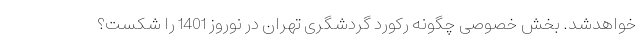
خواهدشد. بخش خصوصی چگونه رکورد گردشگری تهران در نوروز 1401 را شکست؟